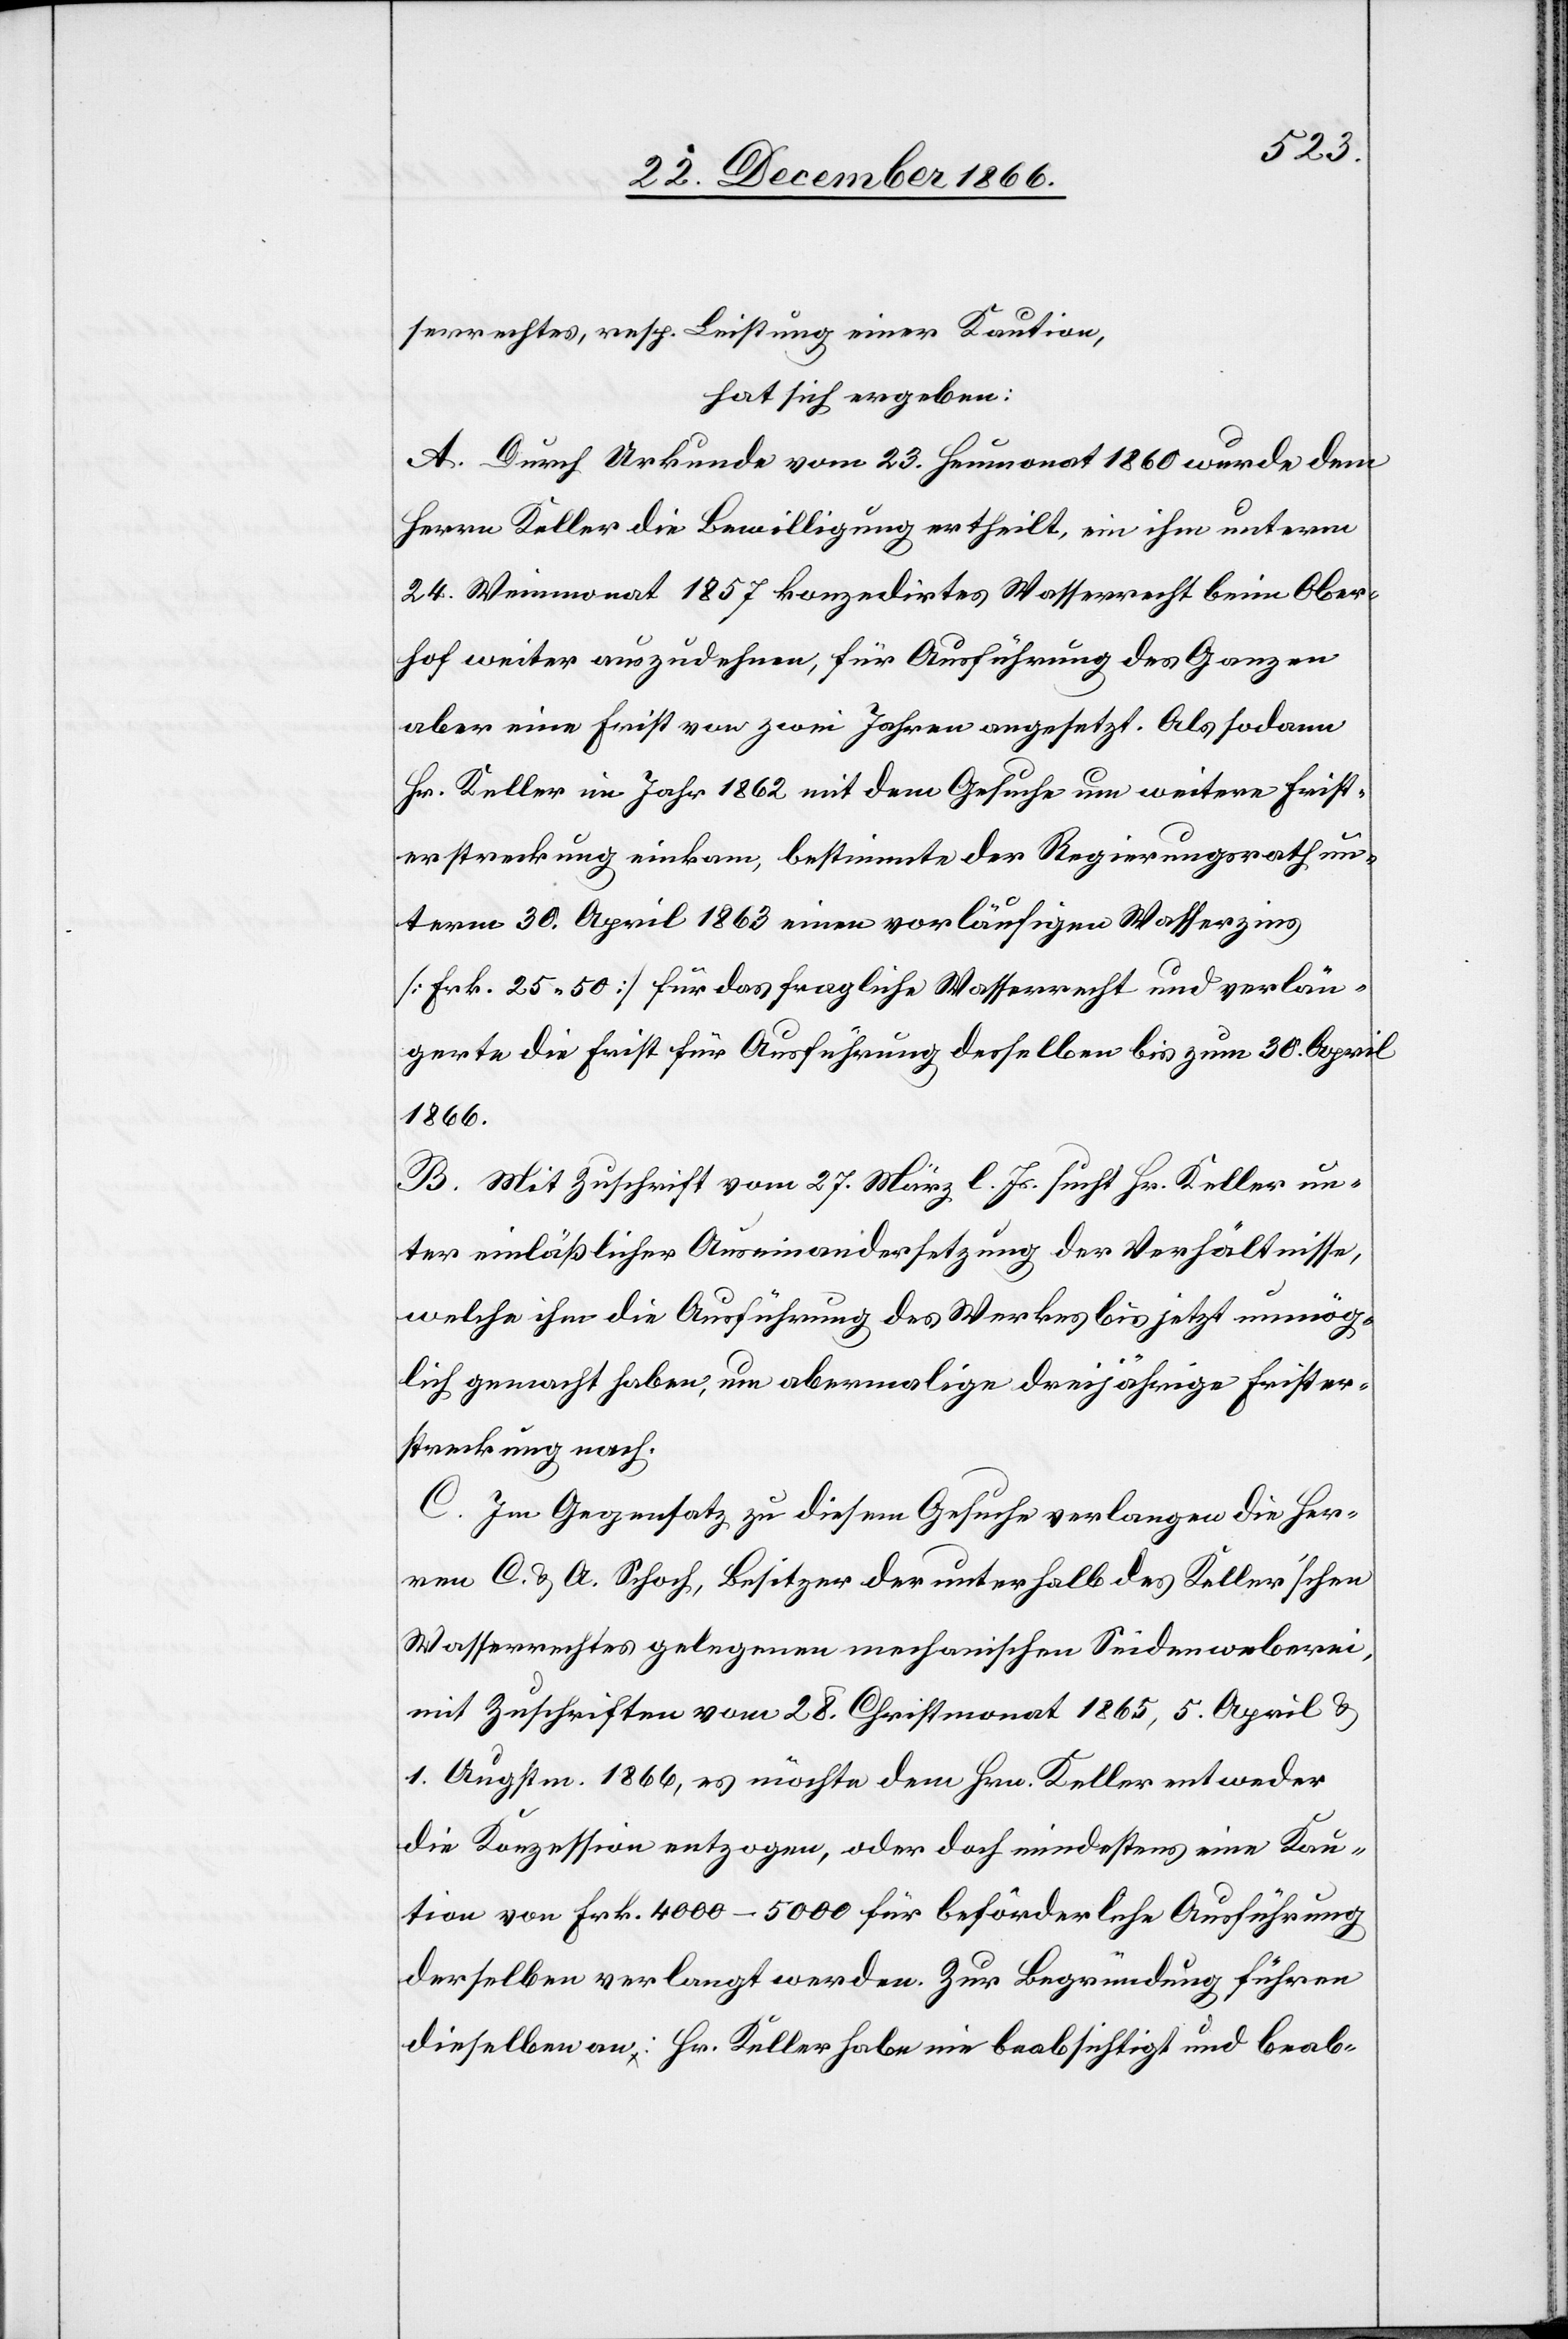
serrechtes, resp. Leistung einer Kaution,
hat sich ergeben:
A. Durch Urkunde vom 23. Heumonat 1860 wurde dem
Herrn Keller die Bewilligung ertheilt, in ihm unterm
24. Weinmonat 1857 konzedirtes Wasserrecht beim Ober¬
hof weiter auszudehnen, für Ausführung des Ganzen
aber eine Frist von zwei Jahren angesetzt. Als sodann
Hr. Keller im Jahr 1862 mit dem Gesuche um weitere Frist¬
erstreckung einkam, bestimmte der Regierungsrath un¬
term 30. April 1863 einen vorläufigen Wasserzins
[Frk. 25.50] für das fragliche Wasserrecht und verlän¬
gerte die Frist für Ausführung desselben bis zum 30. April
1866.
B. Mit Zuschrift vom 27. März l. Js. such Hr. Keller un¬
ter einläßlicher Auseinandersetzung der Verhältnisse,
welche ihm die Ausführung des Werkes bis jetzt unmög¬
lich gemacht haben, um abermalige dreijährige Frister¬
streckung nach.
C. Im Gegensatz zu diesem Gesuche verlangen die Her¬
ren C. & A. Schoch, Besitzer der unterhalb des Keller’schen
Wasserrechtes gelegenen mechanischen Seidenweberei,
mit Zuschriften vom 28. Christmonat 1865, 5. April &
1. Augstm. 1866, es möchte dem Hrn. Keller entweder
die Konzession entzogen, oder doch mindestens eine Kau¬
tion von Frk. 4000–5000 für beförderliche Ausführung
derselben verlangt werden. Zur Begründung führen
dieselben an: Hr. Keller habe nie beabsichtigt und beab-